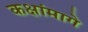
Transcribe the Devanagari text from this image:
कक्षांमागे